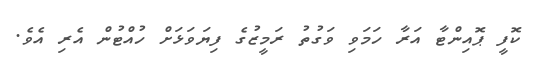
ކޮފީ ޕޮއިންޓާ އަރާ ހަމަވި ވަގުތު ރަމީޒުގެ ފިޔަވަޅަށް ހުއްޓުން އެރި އެވެ.